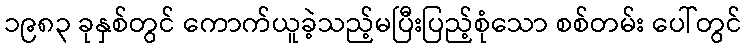
၁၉၈၃ ခုနှစ်တွင် ကောက်ယူခဲ့သည့်မပြီးပြည့်စုံသော စစ်တမ်း ပေါ်တွင်